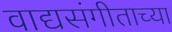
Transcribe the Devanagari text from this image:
वाद्यसंगीताच्या